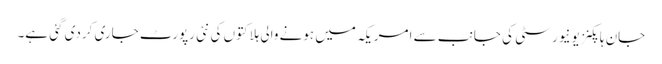
جان ہاپکنز یونیورسٹی کی جانب سے امریکہ میں ہونے والی ہلاکتوں کی نئی رپورٹ جاری کردی گئی ہے۔